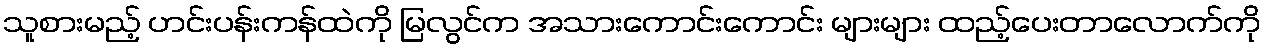
သူစားမည့် ဟင်းပန်းကန်ထဲကို မြလွင်က အသားကောင်းကောင်း များများ ထည့်ပေးတာလောက်ကို